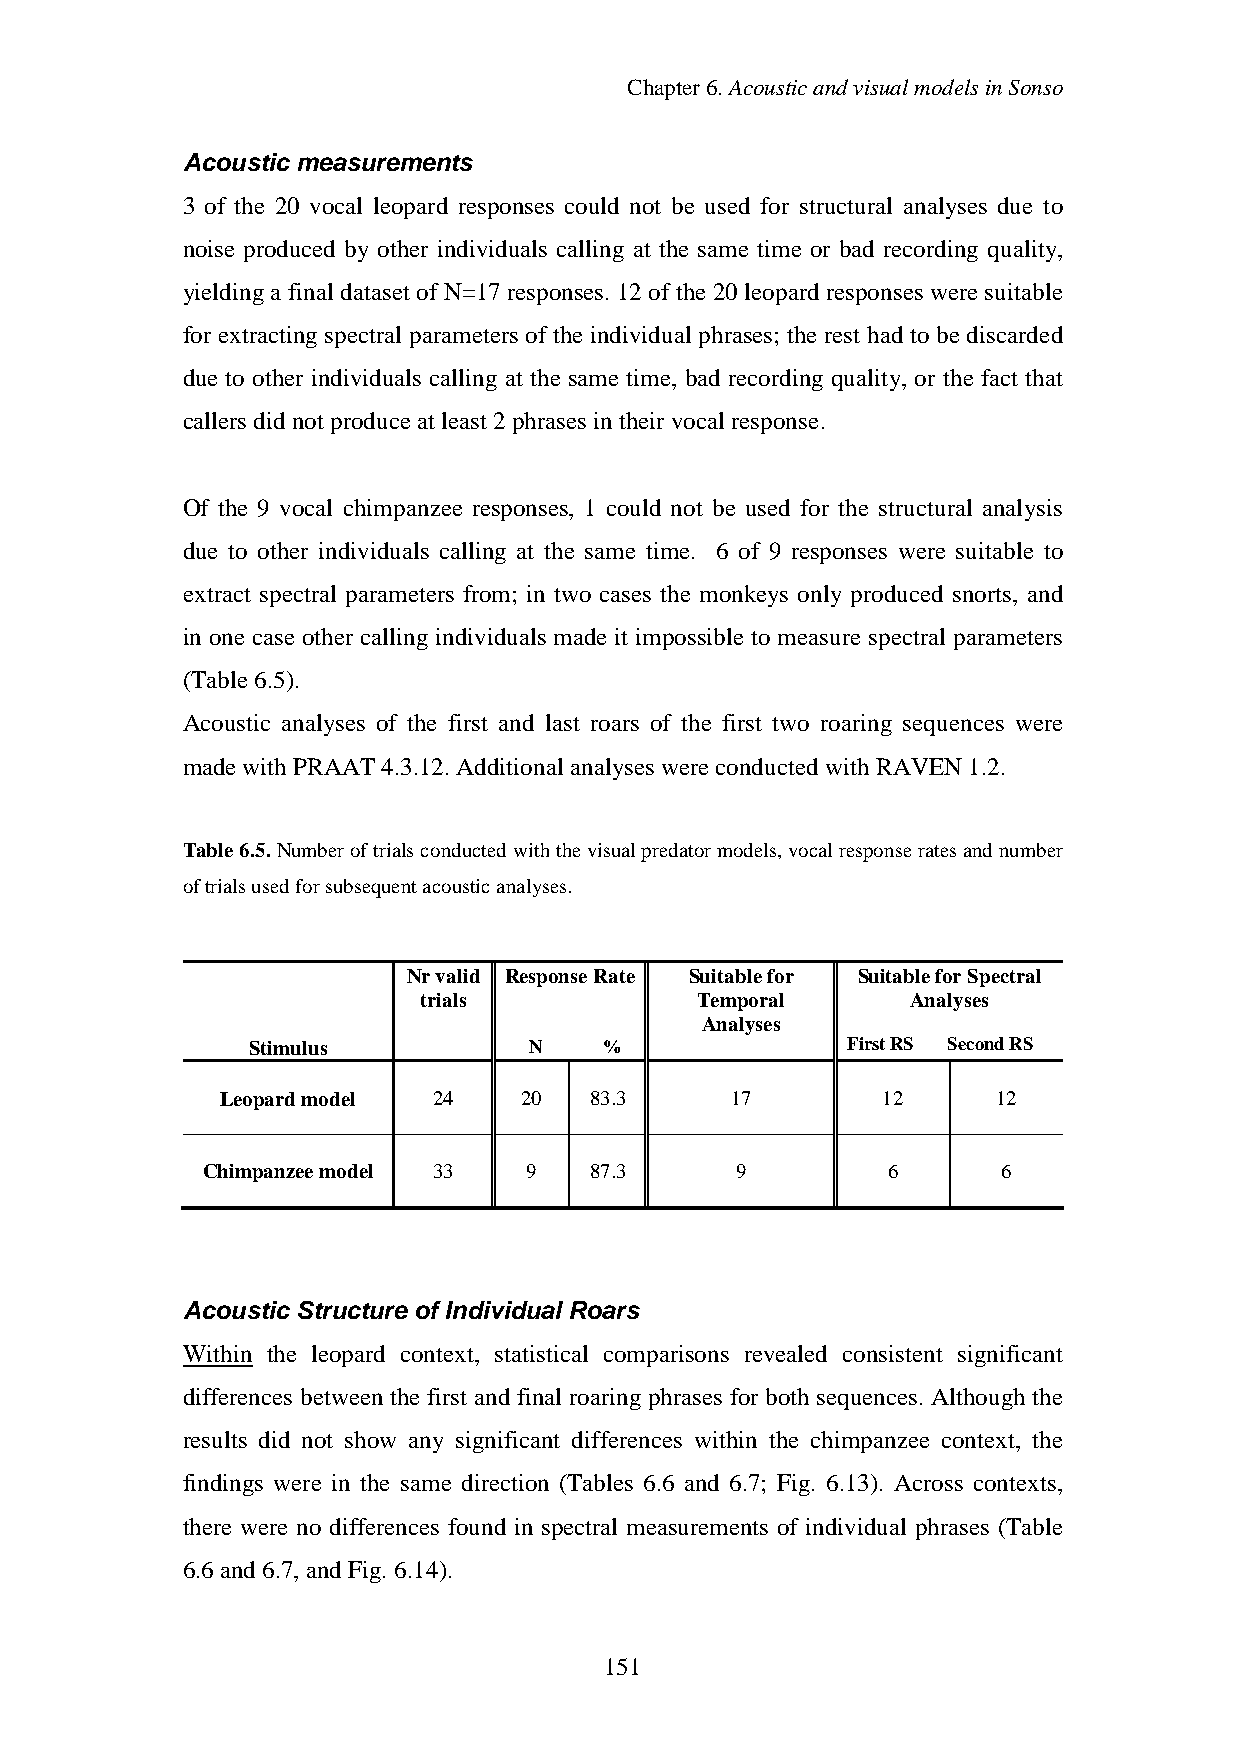
Chapter6.AcousticandvisualmodelsinSonso
 Acoustic measurements
 3 of the 20 vocal leopard responses could not be used for structural analyses due to
 noise produced by other individuals calling at the same time or bad recording quality,
 yieldinga final dataset of N=17 responses. 12 of the 20 leopard responses were suitable
 for extracting spectral parameters of the individual phrases; the rest had to be discarded
 due to other individuals calling at the same time, bad recording quality, or the fact that
 callers didnot produceat least 2phrases intheirvocal response.
 Of the 9 vocal chimpanzee responses, 1 could not be used for the structural analysis
 due to other individuals calling at the same time. 6 of 9 responses were suitable to
 extract spectral parameters from; in two cases the monkeys only produced snorts, and
 in one case other calling individuals made it impossible to measure spectral parameters
 (Table6.5).
 Acoustic analyses of the first and last roars of the first two roaring sequences were
 madewithPRAAT4.3.12.Additional analyses wereconductedwithRAVEN1.2.
 Table6.5.Numberoftrialsconductedwiththevisualpredatormodels,vocalresponseratesandnumber
 oftrialsusedforsubsequentacousticanalyses.
 Nrvalid ResponseRate Suitablefor SuitableforSpectral
 trials            Temporal      Analyses
 Analyses
 Stimulus           N    %               FirstRS SecondRS
 Leopardmodel  24   20   83.3     17        12      12
 Chimpanzeemodel 33    9   87.3      9         6      6
 Acoustic Structure of Individual Roars
 Within the leopard context, statistical comparisons revealed consistent significant
 differences between the first and final roaring phrases for both sequences. Although the
 results did not show any significant differences within the chimpanzee context, the
 findings were in the same direction (Tables 6.6 and 6.7; Fig. 6.13). Across contexts,
 there were no differences found in spectral measurements of individual phrases (Table
 6.6and6.7,andFig.6.14).
 151